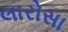
લારોસા